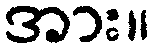
အား။